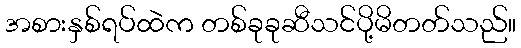
အစားနှစ်ရပ်ထဲက တစ်ခုခုဆီသင်ပို့မိတတ်သည်။